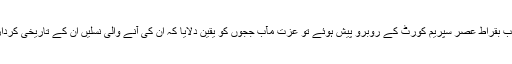
اس اعلان کے دوسرے دن جب بقراطِ عصر سپریم کورٹ کے روبرو پیش ہوئے تو عزت مآب ججوں کو یقین دلایا کہ ان کی آنے والی نسلیں ان کے تاریخی کردار پر فخر محسوس کریں گی۔